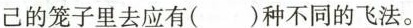
己的笼子里去应有( )种不同的飞法。